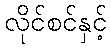
လိုင်စင်နှင့်